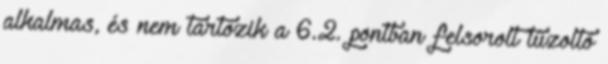
alkalmas, és nem tartozik a 6.2. pontban felsorolt tûzoltó